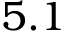
5 . 1